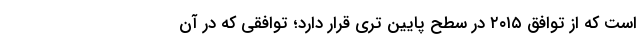
است که از توافق ۲۰۱۵ در سطح پایین تری قرار دارد؛ توافقی ‌که در آن